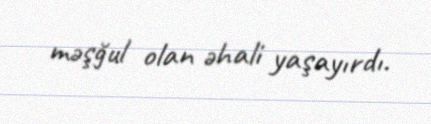
məşğul olan əhali yaşayırdı.